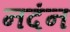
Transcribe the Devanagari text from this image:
नदंन